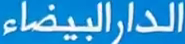
الدارالبيضاء